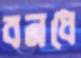
বনধে